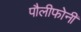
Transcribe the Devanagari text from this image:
पौलीफोनी